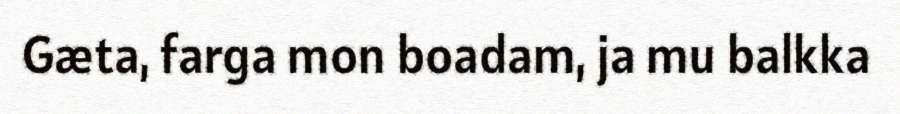
Gæta, farga mon boadam, ja mu balkka